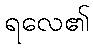
ရလေ၏